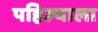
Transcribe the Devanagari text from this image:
पहिल्याला